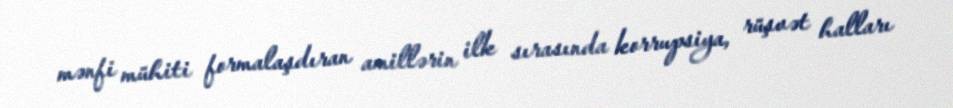
mənfi mühiti formalaşdıran amillərin ilk sırasında korrupsiya, rüşvət halları